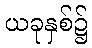
ယခုနှစ်၌